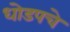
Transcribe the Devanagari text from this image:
धोडपचे